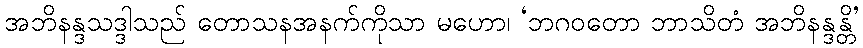
အဘိနန္ဒသဒ္ဒါသည် တောသနအနက်ကိုသာ မဟော၊ ‘ဘဂဝတော ဘာသိတံ အဘိနန္ဒန္တိ’